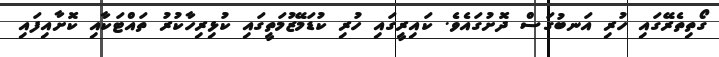
ގޯތިތެރޭގައި ހުރި އަނބުގަސް ދޮށުގައެވެ. ކައިރީގައި ހުރި ކުޑަމޭޒުމަތީގައި ކުޅިރިހާކުރު ތައްޓަކާއި ކޮށާއިފައި